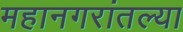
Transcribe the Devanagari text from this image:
महानगरांतल्या